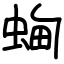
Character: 蜔